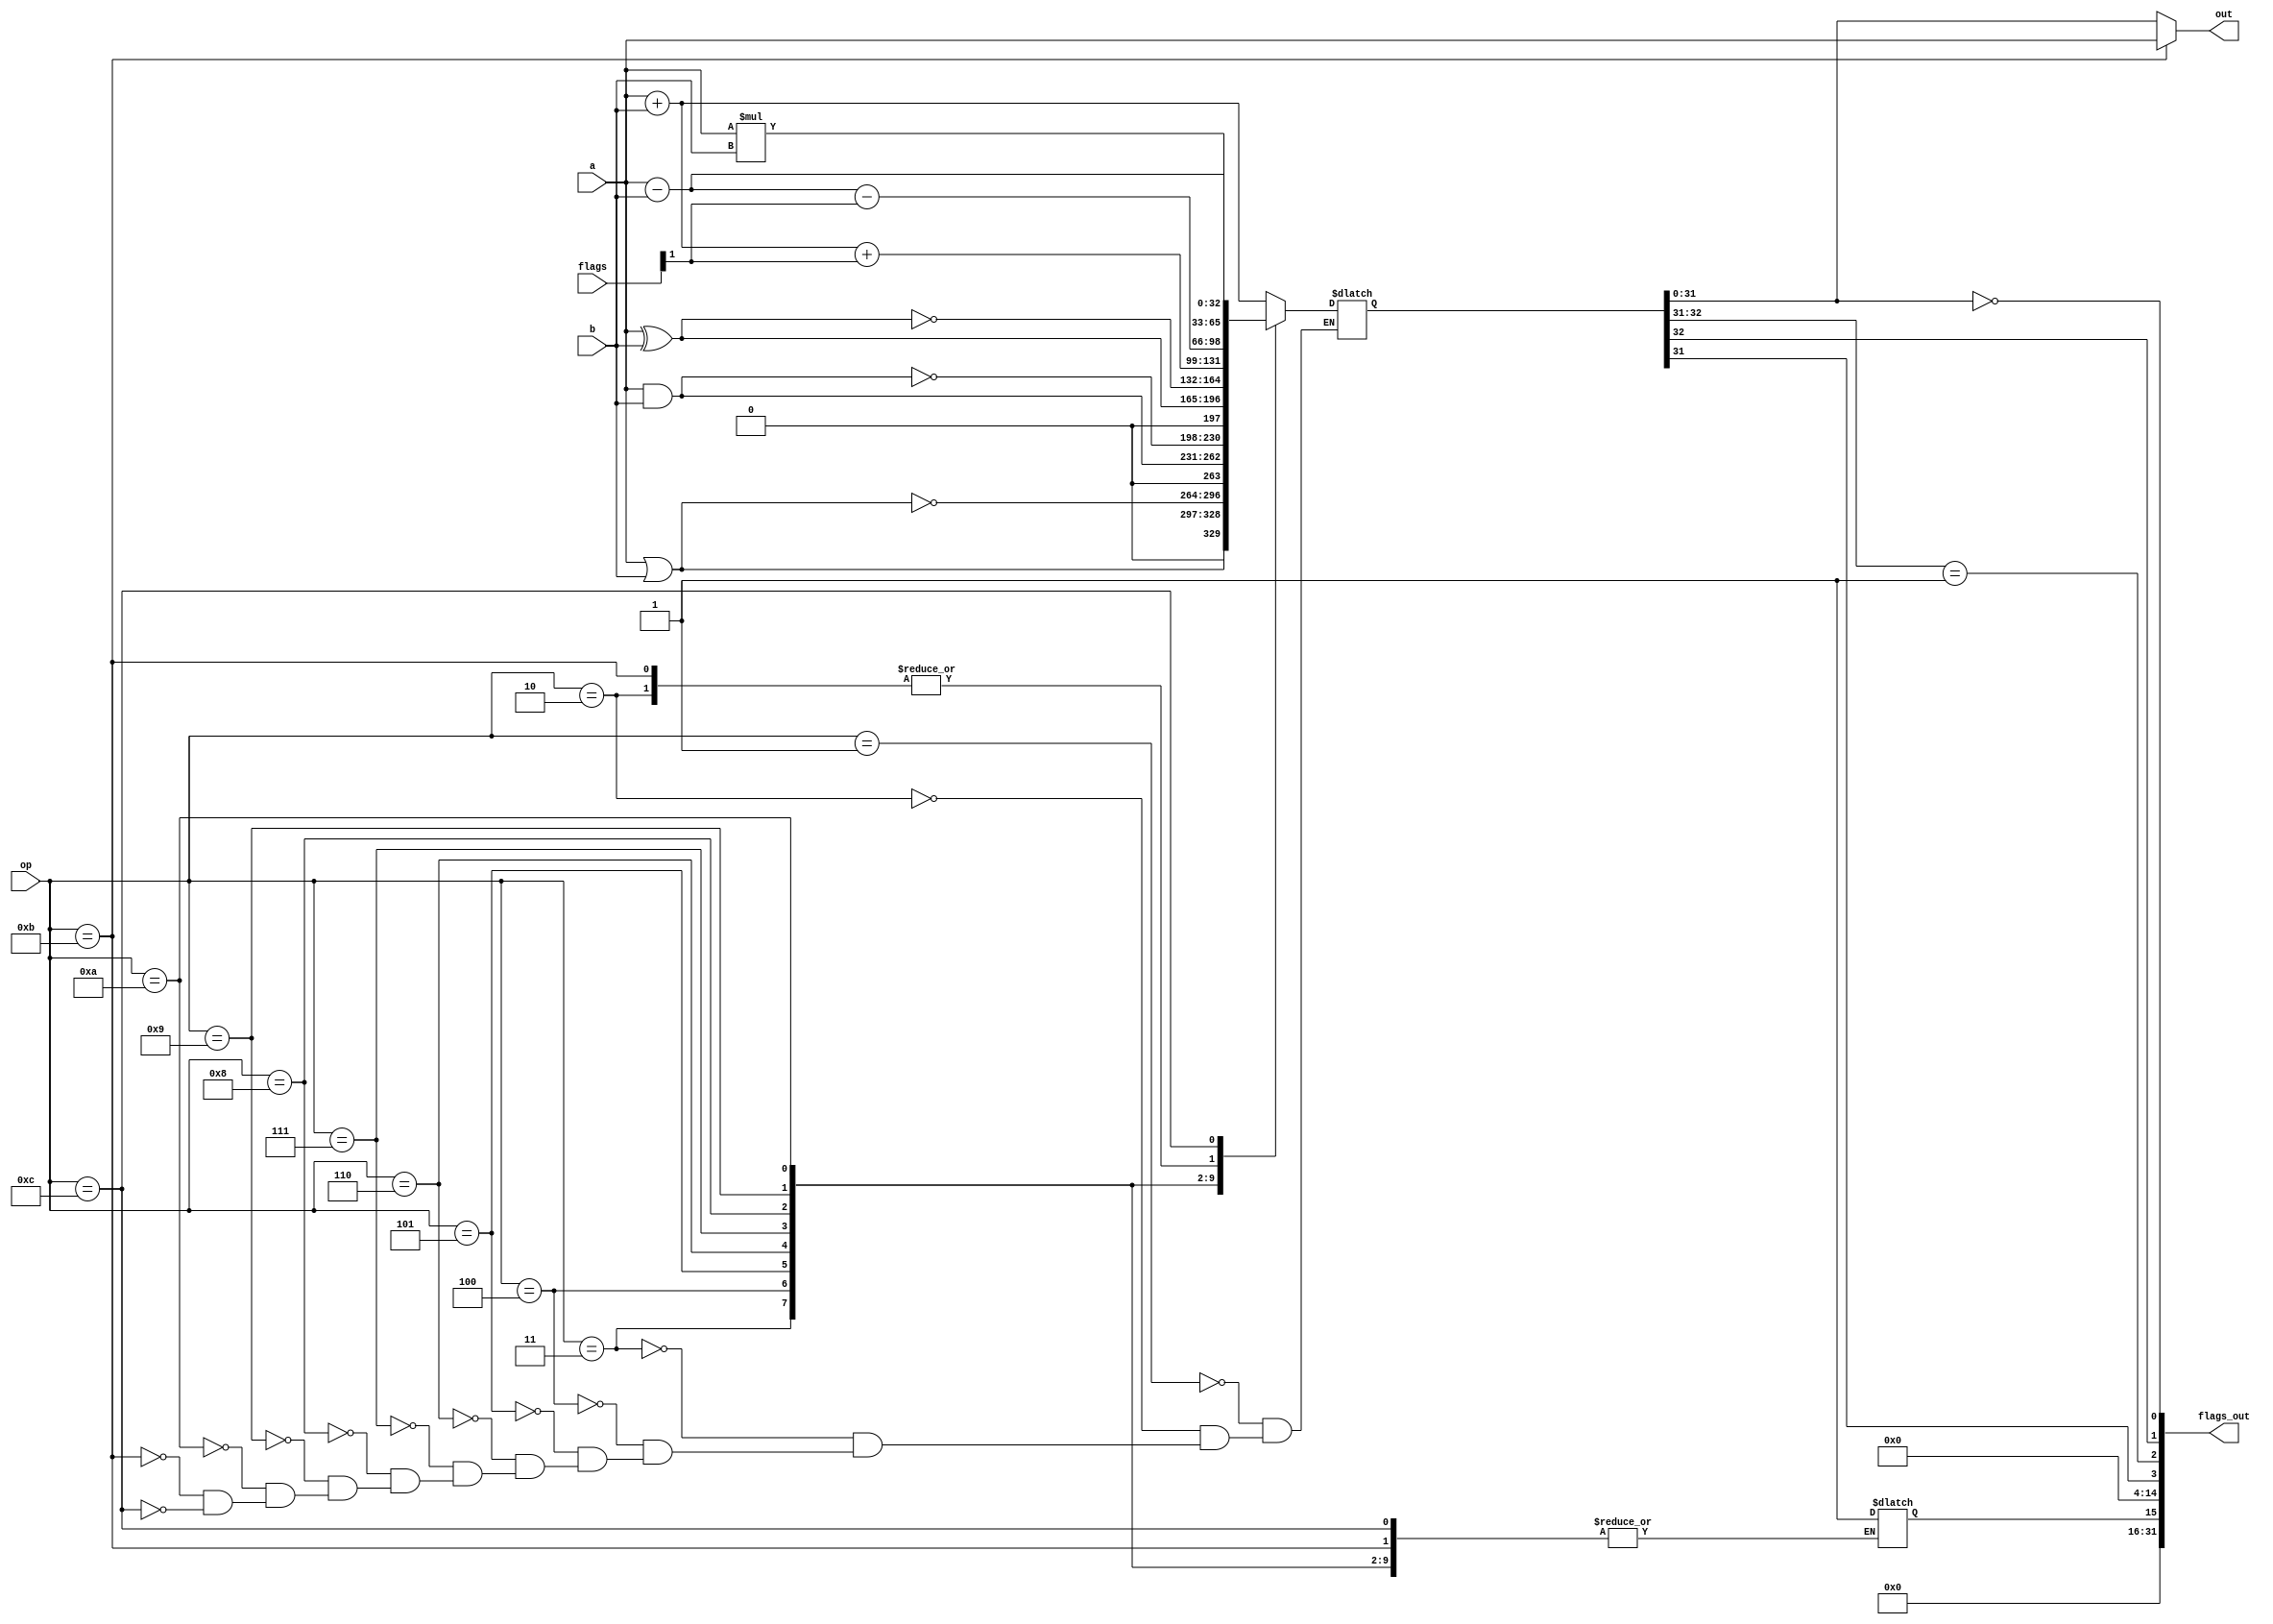

// 
// an intcode CPU
// Inspired by Advent of Code 2019
// Based on github.com/tyler569/simple16
//

module SimpleALU(a, b, op, flags, out, flags_out);
    input[31:0] a, b;
    input[3:0] op;
    input[31:0] flags;

    reg[32:0] acc = 0;

    output[31:0] out;
    output[31:0] flags_out;

    wire of, cf, zf, sf;
    reg ef = 0;

    assign zf = acc[31:0] == 0;
    assign cf = acc[32];
    assign sf = acc[31];
    assign of = acc[32:31] == 2'b01;

    assign out = op == 4'b1011 ? a : acc[31:0];
    assign flags_out = {ef, 11'd0, sf, of, cf, zf};

    always @(*) begin
        case (op)
        4'b0001: acc = a + b;            // add
        4'b0010: acc = a - b;            // sub
        4'b0011: acc = a | b;            // or
        4'b0100: acc = ~(a | b);         // nor
        4'b0101: acc = a & b;            // and
        4'b0110: acc = ~(a & b);         // nand
        4'b0111: acc = a ^ b;            // xor
        4'b1000: acc = ~(a ^ b);         // xnor
        4'b1001: acc = a + b + flags[1]; // adc
        4'b1010: acc = a - b - flags[1]; // sbb
        4'b1011: acc = a - b;            // cmp
        4'b1100: acc = a * b;            // mul
        default: ef = 1;
        endcase
    end
endmodule

// `define RAM_DEBUG

module SimpleRAM(clock, address, data, we, oe);
    parameter SIZE = 32768;

    input clock;
    input[31:0] address;
    input we;
    input oe;

    inout[31:0] data;

    reg[32:0] memory [0:SIZE-1];
    reg[31:0] read;

    // tristate control
    assign data = (address < SIZE && oe && !we) ? read : 32'bz;

    always @ (posedge clock) begin
        if (address < SIZE && we) begin
            `ifdef RAM_DEBUG
                $display("time: %t, RAM: writing %x (%0d) to %0d",
                    $time, data, data, address);
            `endif
            memory[address] <= data;
        end
    end

    always @ (posedge clock) begin
        if (address < SIZE) begin
            read <= memory[address];
            `ifdef RAM_DEBUG
                $display("time: %t, RAM: reading %0d: got %x (%0d)",
                    $time, address, memory[address], memory[address]);
            `endif
        end
    end

    integer k;
    initial begin
        $display("initializing RAM");
        for (k = 0; k < SIZE; k = k + 1)
            memory[k] = 0;

        $readmemh("test.mem", memory);
    end
endmodule

// `define INSTR_DEBUG

module IntcodeDecoder(value, opcode, mode1, mode2, mode3);
    input[31:0] value;
    output[7:0] opcode;
    output mode1;
    output mode2;
    output mode3;

    assign opcode = value % 100;
    assign mode1 = ((value / 100) % 10);
    assign mode2 = ((value / 1000) % 10);
    assign mode3 = ((value / 1000) % 10);

    initial begin
        // $monitor("value: %x, opcode: %x", value, opcode);
    end
endmodule

module SimpleCPU(clock, int, reset, address_bus, ram_write, data_bus);
    input clock;
    input int;
    input reset;

    output reg[31:0] address_bus = 0;
    inout[31:0] data_bus;
    output reg ram_write = 0;

    reg[31:0] alu_a;
    reg[31:0] alu_b;
    reg[3:0] alu_op;
    reg[31:0] alu_flags;
    wire[31:0] alu_flags_out;
    wire[31:0] alu_out;

    reg[31:0] pc;
    reg[31:0] int_vec;

    reg[31:0] instruction;
    reg[7:0] instruction_stage = 0;
    reg next_instr = 1;

    reg[31:0] registers [31:0];
    reg[31:0] flags = 0;

    reg[31:0] data_out_buffer;

    assign data_bus = ram_write ? data_out_buffer : 32'bz;

    SimpleALU alu(alu_a, alu_b, alu_op, alu_flags, alu_out, alu_flags_out);

    wire[7:0] decoded_op;
    wire decoded_mode1;
    wire decoded_mode2;
    wire decoded_mode3;

    IntcodeDecoder idec(instruction, decoded_op, decoded_mode1, decoded_mode2, decoded_mode3);

    always @ (posedge reset) begin
        pc <= 0;
        address_bus <= 0;
        int_vec <= 0;
        next_instr <= 1;
    end

    reg do_jump = 0;
    reg[31:0] jump_to = 0;

    reg decode_cycle = 1;

    `define ZF alu_flags_out[0]
    `define CF alu_flags_out[1]
    `define OF alu_flags_out[2]
    `define SF alu_flags_out[3]

    always @ (posedge clock) begin
        if (next_instr) begin
            instruction <= data_bus;
        end

        if (ram_write) begin
            ram_write = 0;
        end

        if (decode_cycle) begin
            // nothing to do, let decoder work
            decode_cycle <= 0;
        end else begin
            decode_cycle <= 1;

            // $display("running: %x, mode{1,2}: %x %x", {instruction_stage, decoded_op}, decoded_mode1, decoded_mode2);

            casez ({instruction_stage, decoded_op})
            16'd99: begin
                $display("halt");
                $finish;
            end

            //
            // ADD/MUL/LT/EQ
            //
            16'h001, 16'h002, 16'h007, 16'h008: begin
                address_bus <= pc + 1;
                if (decoded_mode1 == 1) begin
                    instruction_stage <= 2; // immediate mode
                end else begin
                    instruction_stage <= 1; // position mode
                end
                next_instr = 0;
            end

            16'h101, 16'h102, 16'h107, 16'h108: begin
                address_bus <= data_bus;
                instruction_stage <= 2;
            end

            16'h201, 16'h202, 16'h207, 16'h208: begin
                registers[0] <= data_bus;
                address_bus <= pc + 2;
                if (decoded_mode2 == 1) begin
                    instruction_stage <= 4; // immediate mode
                end else begin
                    instruction_stage <= 3; // position mode
                end
            end

            16'h301, 16'h302, 16'h307, 16'h308: begin
                address_bus <= data_bus;
                instruction_stage <= 4;
            end

            16'h401, 16'h402, 16'h407, 16'h408: begin
                registers[1] <= data_bus;
                alu_a <= registers[0];
                alu_b <= data_bus;
                casez (decoded_op)
                    8'h1: alu_op <= 4'b0001; // +
                    8'h2: alu_op <= 4'b1100; // *
                    8'h7: alu_op <= 4'b0010; // -
                    8'h8: alu_op <= 4'b0010; // -
                endcase
                // $display("%0d %0d %0d", registers[0], decoded_op, data_bus);
                address_bus <= pc + 3;
                instruction_stage <= 5;
            end

            16'h501, 16'h502, 16'h507, 16'h508: begin
                address_bus <= data_bus; // output position mode (value)
                casez (decoded_op)
                    8'h1: data_out_buffer <= alu_out;
                    8'h2: data_out_buffer <= alu_out;
                    8'h7: data_out_buffer <= {7'b0, (`SF != `OF)};
                    8'h8: data_out_buffer <= {7'b0, `ZF};
                endcase
                ram_write <= 1;
                instruction_stage <= 6;
            end

            16'h601, 16'h602, 16'h607, 16'h608: begin
                ram_write <= 0;
                pc = pc + 4;
                next_instr = 1;
            end

            //
            // INPUT
            //
            16'h003: begin
                address_bus <= pc + 1;
                next_instr = 0;
                instruction_stage <= 1;
            end

            16'h103: begin
                registers[0] <= data_bus;
                address_bus <= 32'hFFFF0000;
                instruction_stage <= 2;
            end

            16'h203: begin
                registers[1] <= data_bus;
                address_bus <= registers[0];
                instruction_stage <= 3;
            end

            16'h303: begin
                data_out_buffer <= registers[1];
                ram_write <= 1;
                instruction_stage <= 4;
            end

            16'h403: begin
                ram_write <= 0;
                next_instr = 1;
                pc = pc + 2;
            end

            //
            // OUTPUT
            //
            16'h004: begin
                address_bus <= pc + 1;
                if (decoded_mode1 == 1) begin
                    instruction_stage <= 2;
                end else begin
                    instruction_stage <= 1;
                end
                next_instr = 0;
            end

            16'h104: begin
                address_bus <= data_bus; // position mode
                instruction_stage <= 2;
            end

            16'h204: begin
                registers[0] <= data_bus;
                address_bus <= 32'hFFFF0001;
                instruction_stage <= 3;
            end
            
            16'h304: begin
                data_out_buffer <= registers[0];
                ram_write <= 1;
                instruction_stage <= 4;
            end

            16'h404: begin
                ram_write <= 0;
                pc = pc + 2;
                next_instr = 1;
            end

            //
            // JUMP
            //
            16'h005, 16'h006: begin
                address_bus <= pc + 1;
                next_instr = 0;
                if (decoded_mode1 == 1) begin
                    instruction_stage <= 2;
                end else begin
                    instruction_stage <= 1;
                end
            end

            16'h105, 16'h106: begin
                address_bus <= data_bus; // position mode
                instruction_stage <= 2;
            end

            16'h205, 16'h206: begin
                registers[0] <= data_bus; // jump condition
                address_bus <= pc + 2;
                if (decoded_mode2 == 1) begin
                    instruction_stage <= 4;
                end else begin
                    instruction_stage <= 3;
                end
            end

            16'h305, 16'h306: begin
                address_bus <= data_bus; // position mode
                instruction_stage <= 4;
            end

            16'h405, 16'h406: begin
                jump_to = data_bus;
                registers[1] <= data_bus; // target
                do_jump = (decoded_op == 5) ^ (registers[0] == 0);
                // $display("jump op: %0d, test: %0d", decoded_op, registers[0]);
                // $display("do jump: %b", do_jump);
                if (!do_jump) begin
                    pc = pc + 3;
                end
                next_instr = 1;
            end

            //
            // ERROR
            //
            default: begin
                $display("error, unsupported op/stage %x",
                    {instruction_stage, decoded_op});
                $finish;
            end
            endcase

            if (next_instr) begin
                instruction_stage <= 0;
                if (do_jump) begin
                    pc <= jump_to;
                    address_bus <= jump_to;
                    do_jump <= 0;
                end else begin
                    address_bus <= pc;
                end
            end
        end // !decode_cycle
    end

    // check flags[3] and jmp to interrupt if set

    initial begin
        // $monitor("a: %b, b: %b, | out: %b, flags: %b", 
        //     alu_a, alu_b, alu_out, alu_flags_out);
        // $monitor("time: %t, instruction: %x; next_instr: %x", $time, instruction, next_instr);
    end
endmodule

module IntcodeInputPort(clock, address_bus, ram_write, data_bus);
    input clock;
    input[31:0] address_bus;
    input ram_write;
    output[31:0] data_bus;

    wire output_enable;
    assign output_enable = address_bus == 32'hFFFF0000;
    assign data_bus = output_enable ? 32'h1 : 32'hz;
endmodule

module IntcodeOutputPort(clock, address_bus, ram_write, data_bus);
    input clock;
    input[31:0] address_bus;
    input ram_write;
    input[31:0] data_bus;

    always @ (posedge clock) begin
        if (ram_write) begin
            case (address_bus)
            32'hFFFF0001:
                $display("output: %0d", data_bus);
            endcase
        end
    end
endmodule

module main;
    wire[31:0] address_bus;
    wire[31:0] data_bus;

    wire ram_write;

    reg cpu_clock_enable = 0;
    reg ram_clock_enable = 0;
    reg main_clk = 0;

    always #5 main_clk = ~main_clk;

    wire ram_clock, cpu_clock;

    and (ram_clock, ram_clock_enable, main_clk);
    and #(2, 2) (cpu_clock, cpu_clock_enable, main_clk);

    pullup pu_addr[31:0] (address_bus); 
    pullup pu_data[31:0] (data_bus);

    SimpleRAM ram0(ram_clock, address_bus, data_bus, ram_write, ~ram_write);

    reg hw_int = 0;
    reg hw_reset = 0;

    SimpleCPU cpu0(
        cpu_clock,
        hw_int,
        hw_reset,
        address_bus,
        ram_write,
        data_bus
    );

    IntcodeOutputPort outport(ram_clock, address_bus, ram_write, data_bus);
    IntcodeInputPort inport(ram_clock, address_bus, ram_write, data_bus);

    initial begin
        // $monitor("time: %t, clk: %b, addr: %b, data: %b",
        //     $time, cpu_clock, address_bus, data_bus);
        hw_reset <= 1;
        #2 hw_reset <= 0;
        ram_clock_enable = 1;
        #18 cpu_clock_enable = 1;
    end
endmodule